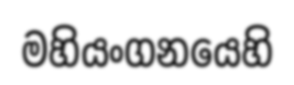
මහියංගනයෙහි